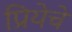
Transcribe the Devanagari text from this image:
प्रियेचे